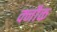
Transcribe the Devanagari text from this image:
क्नौक